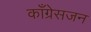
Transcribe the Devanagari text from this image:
काँग्रेसजन